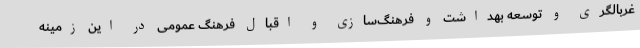
غربالگری و توسعه بهداشت و فرهنگ‌سازی و اقبال فرهنگ عمومی در این زمینه